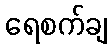
ရေစက်ချ